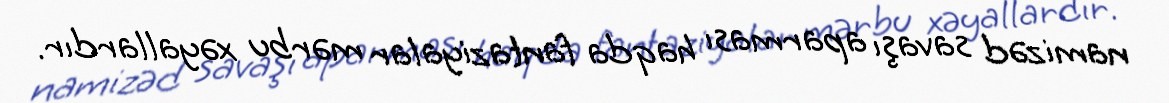
namizəd savaşı aparması haqda fantaziyalar mərbu xəyallardır.